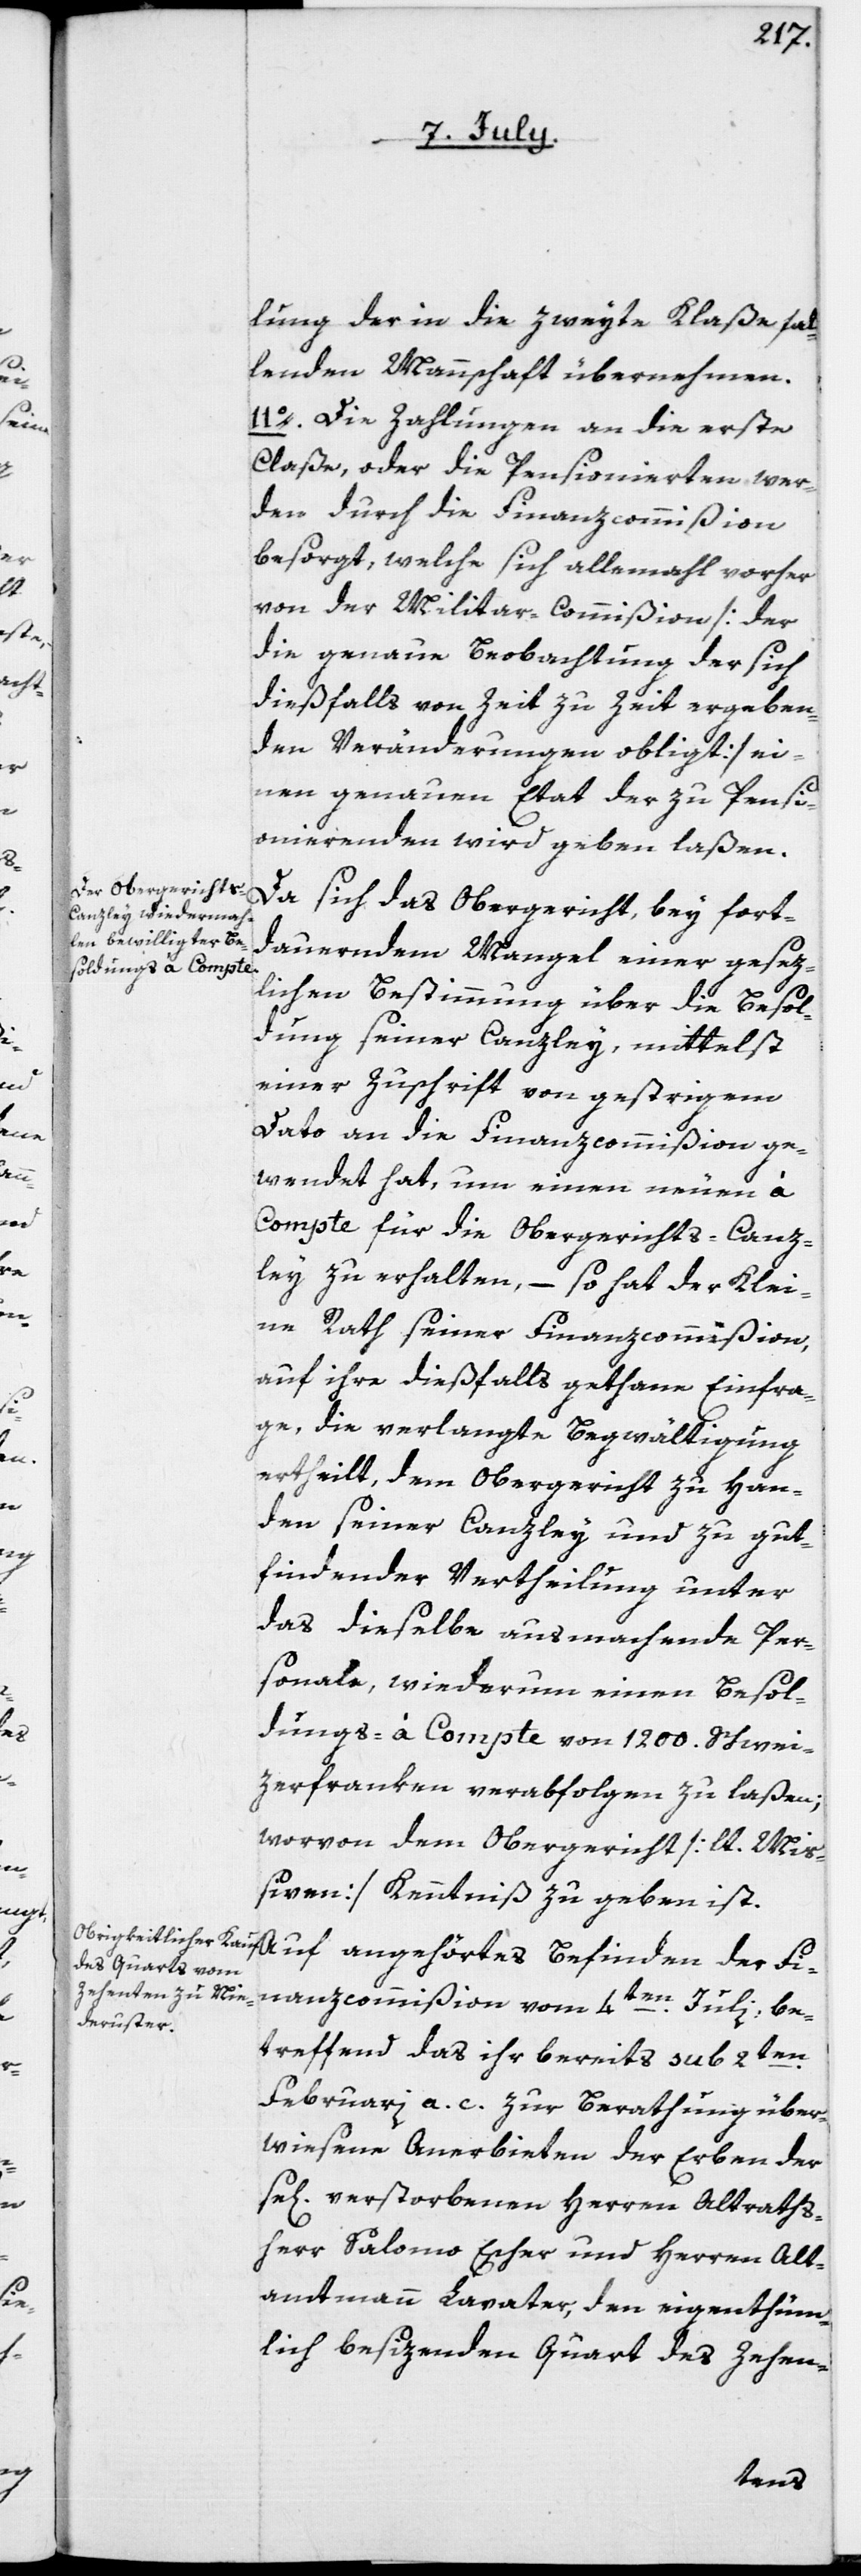
lung der in die zweyte Klaße fal¬
lenden Mannschaft übernehmen.
11o. Die Zahlungen an die erste
Claße, oder die Pensionierten wer¬
den durch die Finanzcommißion
besorgt, welche sich allemahl vorher
von der Militar-Commißion [der
die genaue Beobachtung der sich
dießfalls von Zeit zu Zeit ergeben¬
den Veränderungen obligt] ei¬
nen genauen Etat der zu Pensi¬
onierenden wird geben laßen.
Da sich das Obergericht, bey fort¬
dauerndem Mangel einer gesez¬
lichen Bestimmung über die Besol¬
dung seiner Canzley, mittelst
einer Zuschrift von gestrigem
Dato an die Finanzcommißion ge¬
wendet hat, um einen neuen à
Compte für die Obergerichts-Canz¬
ley zu erhalten, – so hat der Klei¬
ne Rath seiner Finanzcommißion,
auf ihre dießfalls gethane Einfra¬
ge, die verlangte Begwältigung
ertheilt, dem Obergericht zu Han¬
den seiner Canzley und zu gut¬
findender Vertheilung unter
das dieselbe ausmachende Per¬
sonale, wiederum einen Besol¬
dungs-à Compte von 1200. Schwei¬
zerfranken verabfolgen zu laßen;
wovon dem Obergericht [lt. Miß¬
iven] Kenntniß zu geben ist.
Auf angehörtes Befinden der Fi¬
nanzcommißion vom 4ten Juli, be¬
treffend das ihr bereits sub 2ten
Februarii a. c. zur Berathung über¬
wiesene Anerbieten der Erben der
se[ligen] verstorbenen Herren Altraths¬
herr Salomo Escher und Herren Alt¬
ammann Lavater, den eigenthüm¬
lich besizenden Quart des Zehen-